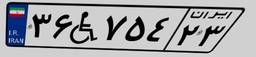
۳۶W۷۵۴۲۳